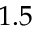
1 . 5